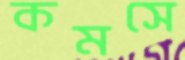
কমসে